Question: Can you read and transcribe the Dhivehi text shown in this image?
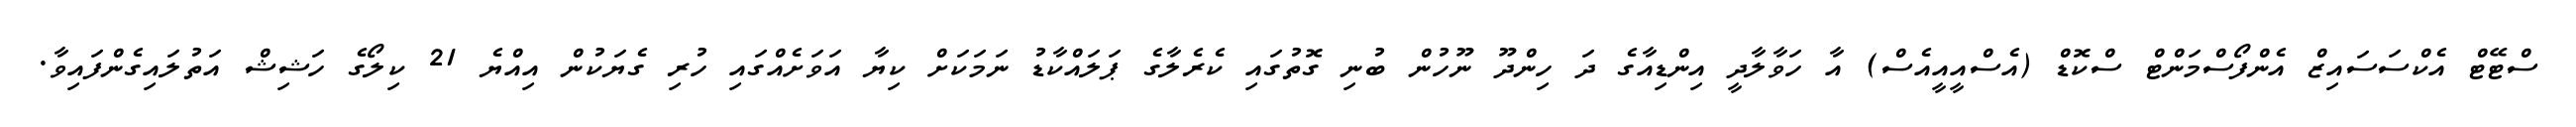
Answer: ސްޓޭޓް އެކްސަސައިޒް އެންފޯސްމަންޓް ސްކޮޑް (އެސްއީއީއެސް) އާ ހަވާލާދީ އިންޑިއާގެ ދަ ހިންދޫ ނޫހުން ބުނި ގޮތުގައި ކެރެލާގެ ޕަލައްކާޑު ނަމަކަށް ކިޔާ އަވަށެއްގައި ހުރި ގެޔަކުން އިއްޔެ 21 ކިލޯގެ ހަޝިޝް އަތުލައިގެންފައިވާ.